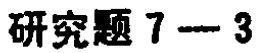
研究题 7---3